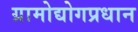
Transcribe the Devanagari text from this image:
ग्रामोद्योगप्रधान